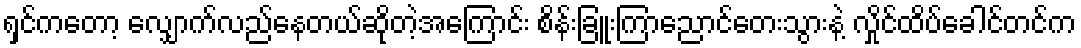
ရှင်ကတော့ လျှောက်လည်နေတယ်ဆိုတဲ့အကြောင်း စိန်းခြူးကြာညောင်တေးသွားနဲ့ လှိုင်ထိပ်ခေါင်တင်က